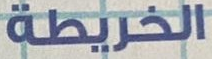
الخريطة